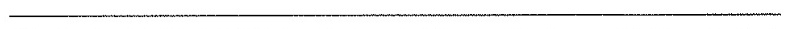
___